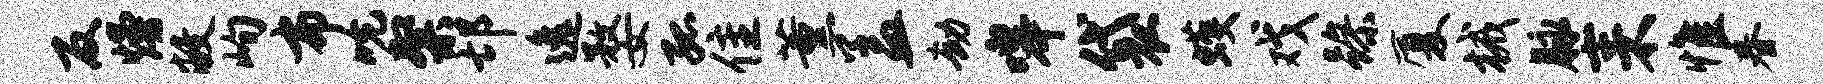
反熳敝峋布吮粲邙逸婺孤隹薰盖劫嗥袋蠖戏躁厦械脉耒惟春